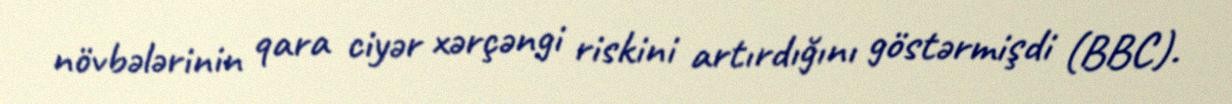
növbələrinin qara ciyər xərçəngi riskini artırdığını göstərmişdi (BBC).